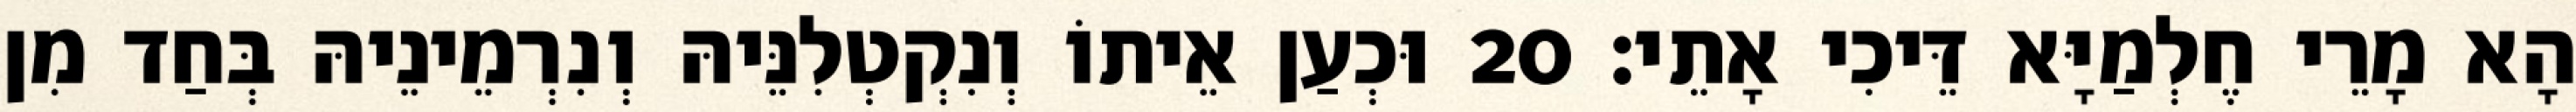
הָא מָרֵי חֶלְמַיָּא דֵּיכִי אָתֵי׃ 20 וּכְעַן אֵיתוֹ וְנִקְטְלִנֵּיהּ וְנִרְמֵינֵיהּ בְּחַד מִן